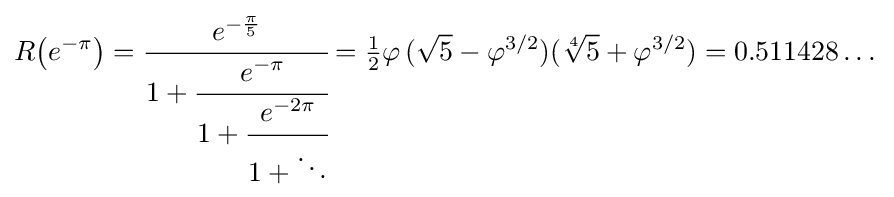
R{\big (}e^{-\pi }{\big )}={\cfrac {e^{-{\frac {\pi }{5}}}}{1+{\cfrac {e^{-\pi }}{1+{\cfrac {e^{-2\pi }}{1+\ddots }}}}}}={\tfrac {1}{2}}\varphi \,({\sqrt {5}}-\varphi ^{3/2})({\sqrt[{4}]{5}}+\varphi ^{3/2})=0.511428\dots